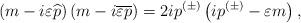
LaTeX: \begin{align*}\left( m-i\varepsilon \widehat{p}\right) \left(m-i\overline{\varepsilon } \overline{p}\right) =2ip^{(\pm )}\left(ip^{(\pm )}-\varepsilon m\right) ,\end{align*}